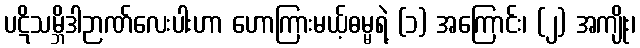
ပဋိသမ္ဘိဒါဉာဏ်လေးပါးဟာ ဟောကြားမယ့်ဓမ္မရဲ့ (၁) အကြောင်း၊ (၂) အကျိုး၊